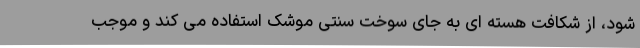
شود، از شکافت هسته ای به جای سوخت سنتی موشک استفاده می کند و موجب